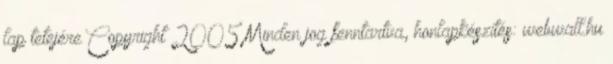
lap tetejére Copyright 2005 Minden jog fenntartva, honlapkészítés: webwall.hu